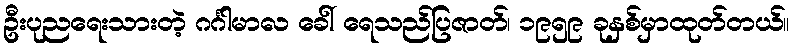
ဦးပုညရေးသားတဲ့ ဂင်္ဂါမာလ ခေါ် ရေသည်ပြဇာတ်၊ ၁၉၅၉ ခုနှစ်မှာထုတ်တယ်။